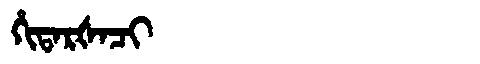
Manchu: ᡥᡳᡨᠠᡵᡧᠠᠴᡳ
Romanization: HITARŠACI